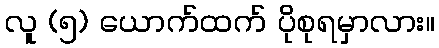
လူ (၅) ယောက်ထက် ပိုစုရမှာလား။